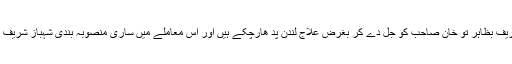
میاں نوازشریف بظاہر تو خان صاحب کو جُل دے کر بغرض علاج لندن پد ھارچکے ہیں اور اس معاملے میں ساری منصوبہ بندی شہباز شریف کی ہی تھی۔